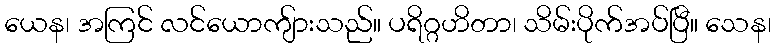
ယေန၊ အကြင် လင်ယောကျ်ားသည်။ ပရိဂ္ဂဟိတာ၊ သိမ်းပိုက်အပ်ပြီ။ သေန၊